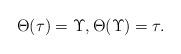
LaTeX: \begin{align*} \Theta(\tau) = \Upsilon, \Theta(\Upsilon) = \tau.\end{align*}